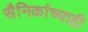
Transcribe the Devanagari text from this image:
सैनिकांच्याही